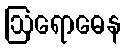
ဩရောဓေန